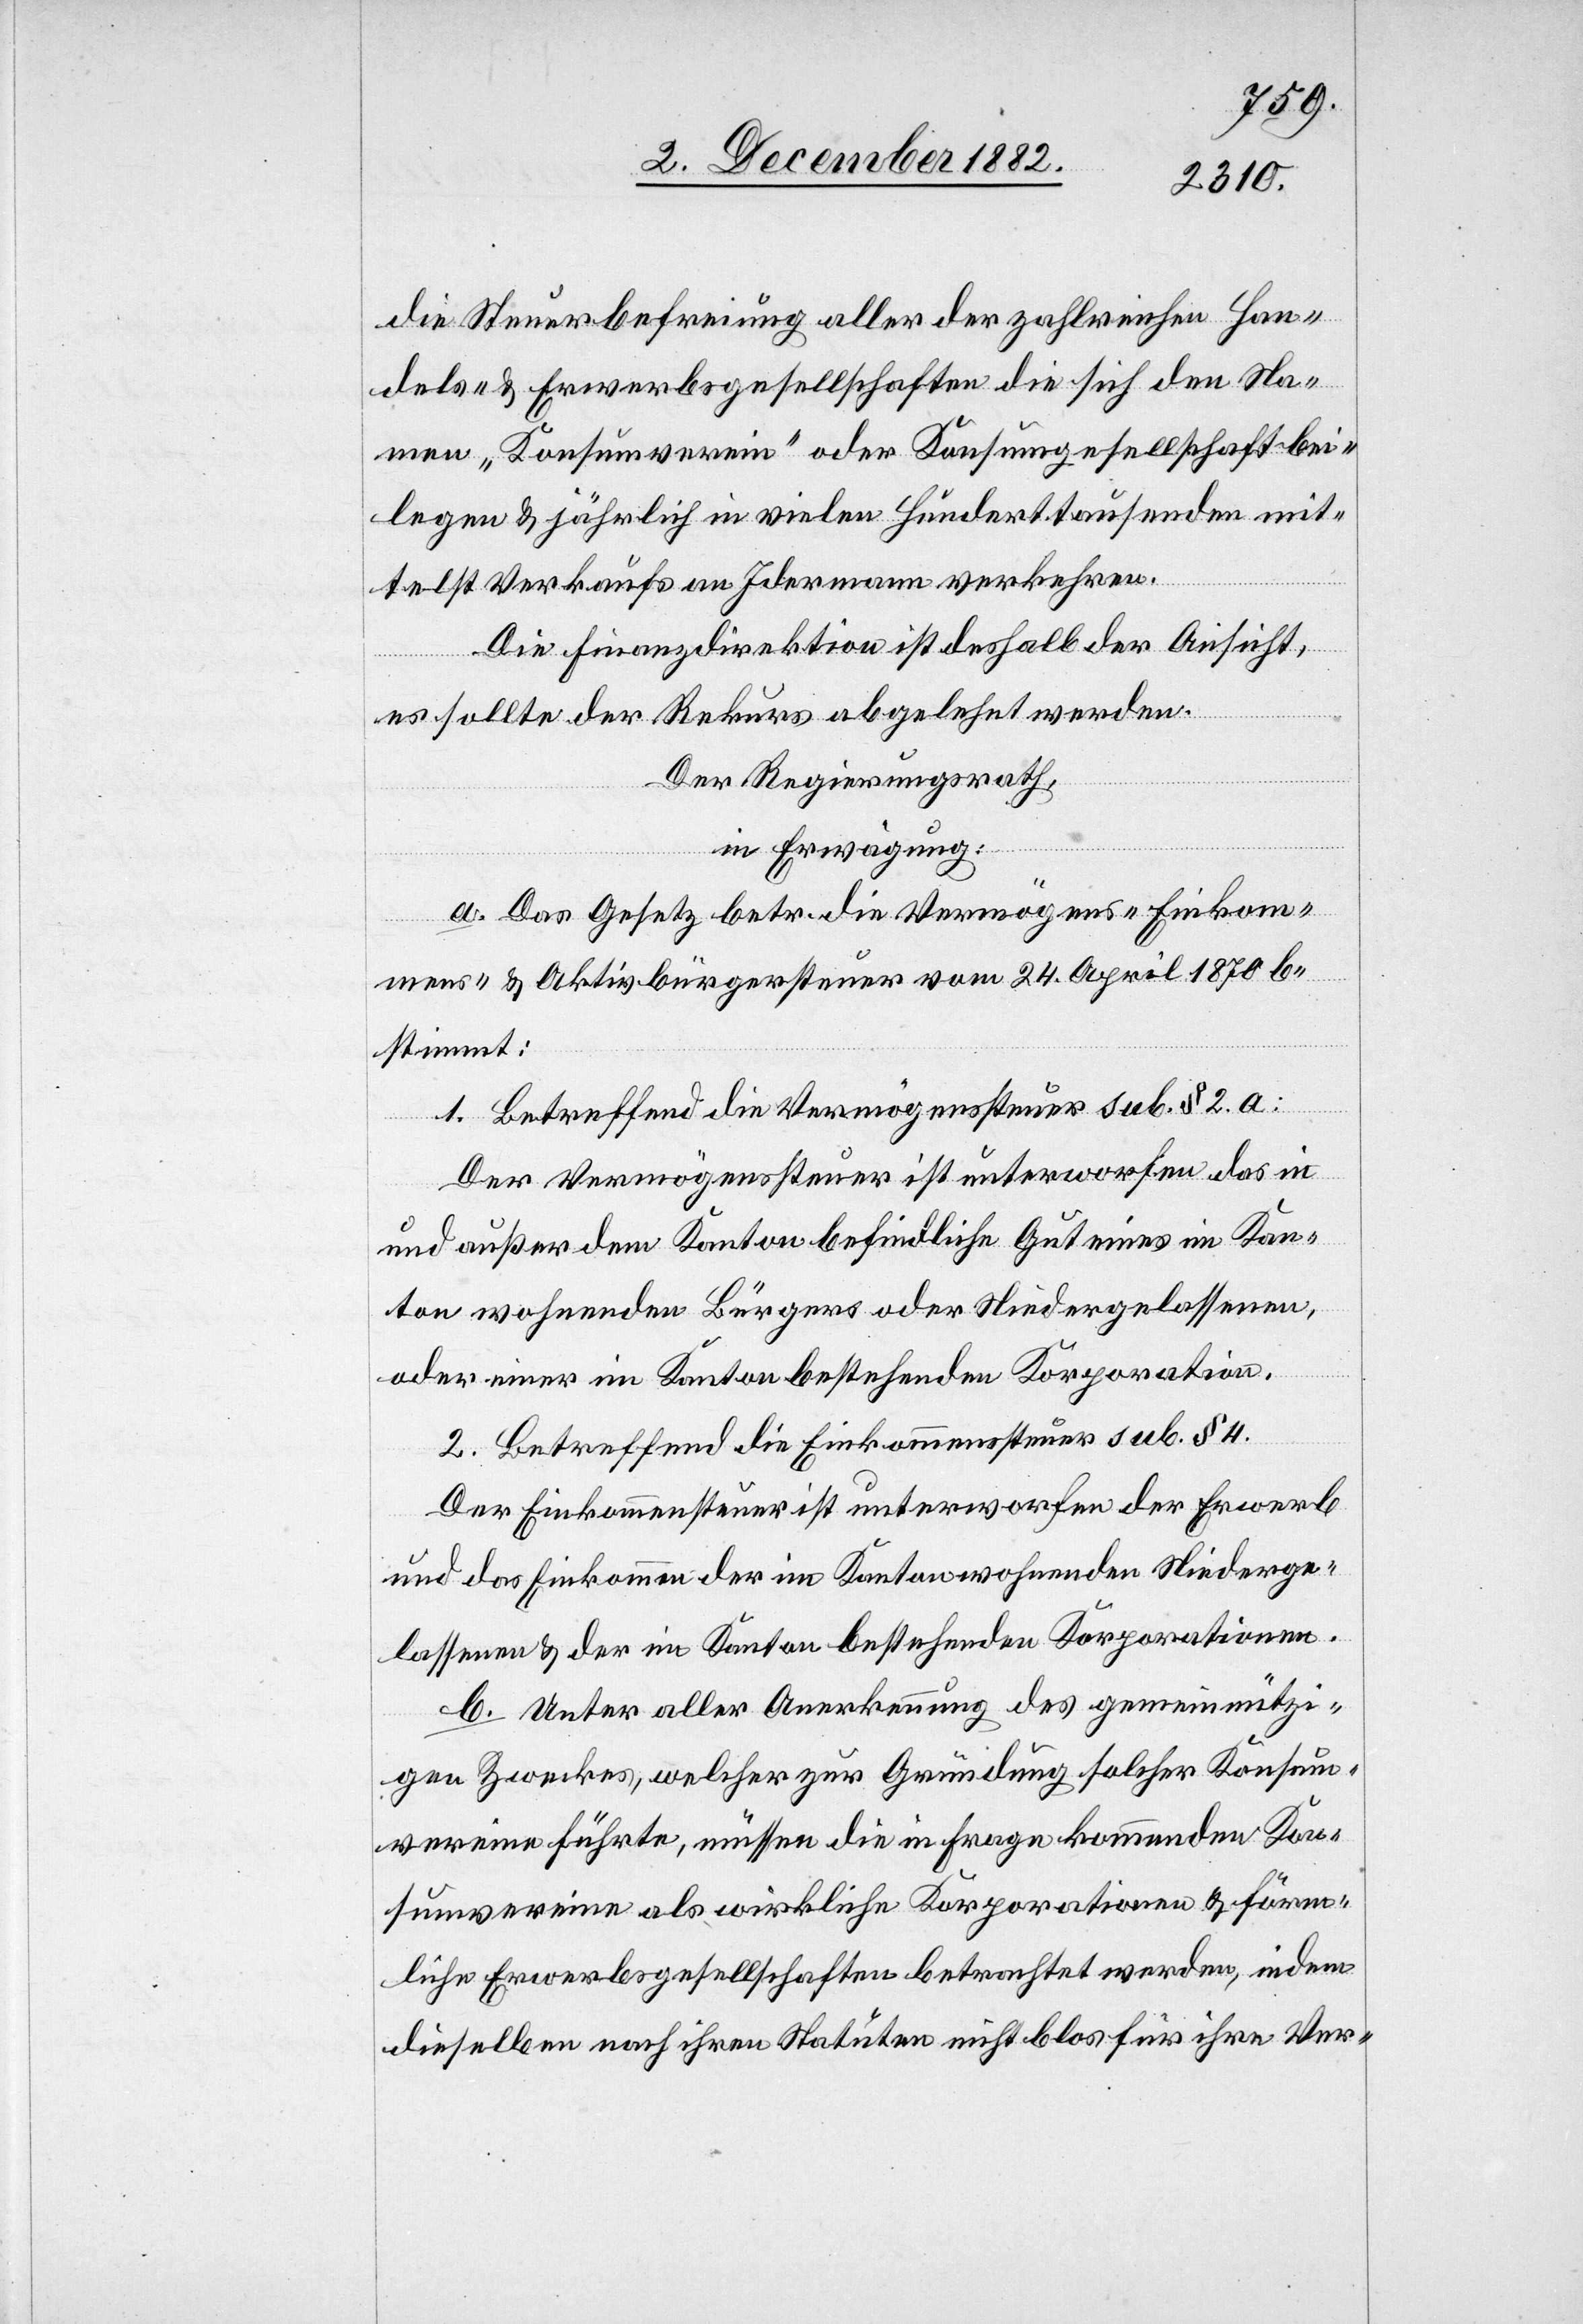
die Steuerbefreiung aller der zahlreichen Han¬
dels- & Erwerbsgesellschaften die sich den Na¬
men „Konsumverein“ oder Konsumgesellschaft bei¬
legen & jährlich in vielen Hunderttausenden mit¬
telst Verkaufs an Jedermann verkehren.
Die Finanzdirektion ist deshalb der Ansicht
es sollte der Rekurs abgelehnt werden.
Der Regierungsrath,
in Erwägung:
a. Das Gesetz betr. die Vermögens-[,] Einkom¬
mens- & Aktivbürgersteuer vom 24. April 1870 be¬
stimmt:
1. Betreffend die Vermögenssteuer sub. § 2. a:
Der Vermögenssteuer ist unterworfen das in
und außer dem Kanton befindliche Gut eines im Kan¬
ton wohnenden Bürgers oder Niedergelassenen,
oder einer im Kanton bestehenden Korporation.
2. Betreffend die Einkommenssteuer sub. § 4.
Der Einkommenssteuer ist unterworfen der Erwerb
und das Einkommen der im Kanton wohnenden Niederge¬
lassenen & der im Kanton bestehenden Korporationen.
b. Unter aller Anerkennung des gemeinnützi¬
gen Zweckes, welcher zur Gründung solcher Konsum¬
vereine führte, müssen die in Frage kommenden Kon¬
sumvereine als wirkliche Korporationen & förm¬
liche Erwerbsgesellschaften betrachtet werden, indem
dieselben nach ihren Statuten nicht blos für ihre Ver-